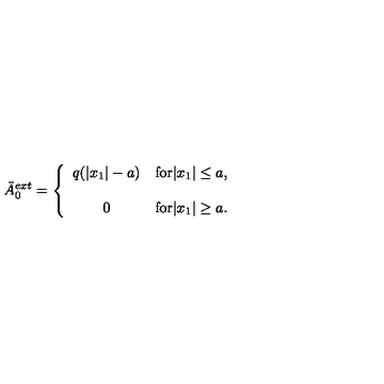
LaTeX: \bar { A } _ { 0 } ^ { e x t } = \left\{ \begin{array} { c c } { q ( | x _ { 1 } | - a ) } & { \mathrm { f o r } | x _ { 1 } | \leq a , } \\ { \vspace { 2 m m } } \\ { 0 } & { \mathrm { f o r } | x _ { 1 } | \geq a . } \\ \end{array} \right.